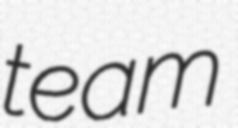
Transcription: team